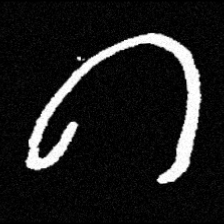
Pyu character \u2014 Myanmar letter: ဂ (romanized: ga)